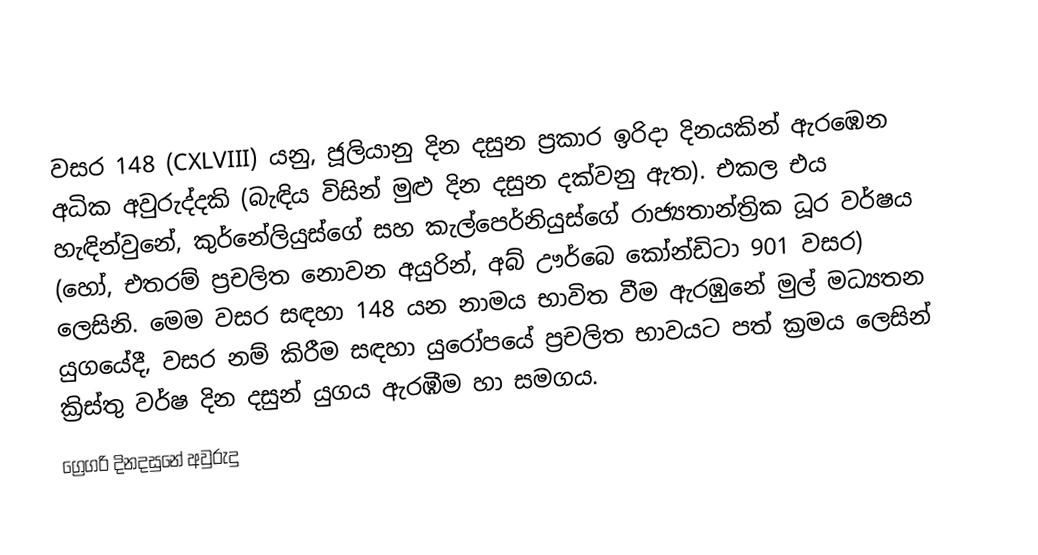

වසර 148 (CXLVIII) යනු,  ජූලියානු දින දසුන ප්‍රකාර   ඉරිදා දිනයකින් ඇරඹෙන අධික අවුරුද්දකි  (බැඳිය විසින් මුළු දින දසුන දක්වනු ඇත). එකල එය හැඳින්වුනේ, කුර්නේලියුස්ගේ සහ කැල්පෙර්නියුස්ගේ රාජ්‍යතාන්ත්‍රික  ධූර වර්ෂය (හෝ, එතරම් ප්‍රචලිත නොවන අයුරින්,  අබ් ඌර්බෙ කෝන්ඩිටා  901 වසර) ලෙසිනි.  මෙම වසර සඳහා 148 යන නාමය භාවිත වීම ඇරඹුනේ මුල් මධ්‍යතන යුගයේදී, වසර නම් කිරීම සඳහා යුරෝපයේ ප්‍රචලිත භාවයට පත් ක්‍රමය ලෙසින් ක්‍රිස්තු වර්ෂ දින දසුන් යුගය ඇරඹීම හා සමගය.
ග්‍රෙගරි දිනදසුනේ අවුරුදු